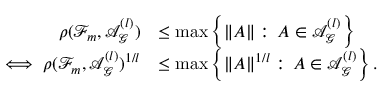
\begin{array} { r l } { \rho ( \mathcal { F } _ { m } , \mathcal { A } _ { \mathcal { G } } ^ { ( l ) } ) } & { \leq \operatorname* { m a x } \left\{ \| A \| : \, A \in \mathcal { A } _ { \mathcal { G } } ^ { ( l ) } \right\} } \\ { \iff \rho ( \mathcal { F } _ { m } , \mathcal { A } _ { \mathcal { G } } ^ { ( l ) } ) ^ { 1 / l } } & { \leq \operatorname* { m a x } \left\{ \| A \| ^ { 1 / l } : \, A \in \mathcal { A } _ { \mathcal { G } } ^ { ( l ) } \right\} . } \end{array}